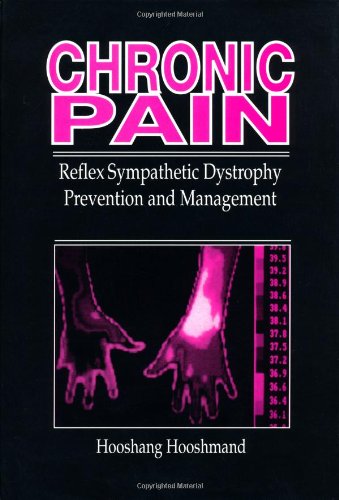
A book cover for Chronic Pain: Reflex Sympathetic Dystrophy, Prevention, and Management; Hooshang Hooshmand; Health, Fitness & Dieting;